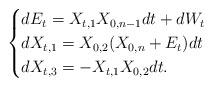
LaTeX: \begin{align*} \begin{cases}dE_t = X_{t,1}X_{0,n-1}dt + dW_t \\dX_{t,1} = X_{0,2}(X_{0,n} + E_t)dt \\ dX_{t,3} = -X_{t,1}X_{0,2}dt.\end{cases}\end{align*}